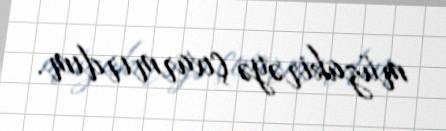
müzakirəyə çıxarmırdım.